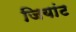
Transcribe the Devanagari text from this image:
जियांट